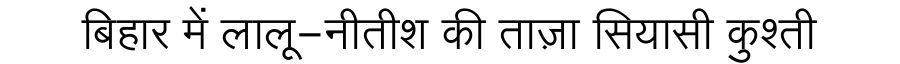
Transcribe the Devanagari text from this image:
बिहार में लालू-नीतीश की ताज़ा सियासी कुश्ती